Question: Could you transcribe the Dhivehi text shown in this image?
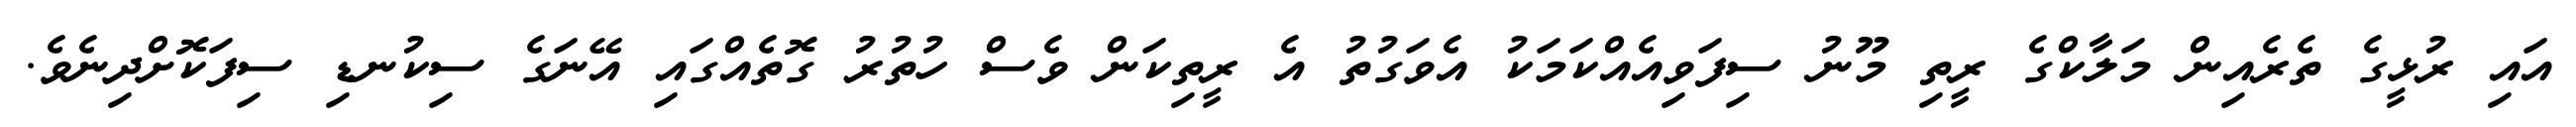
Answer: އައި ރުޅީގެ ތެރެއިން މަލާކްގެ ރީތި މޫނު ސިފަވިއެއްކަމަކު އެވަގުތު އެ ރީތިކަން ވެސް ހުތުރު ގޮތެއްގައި އޭނަގެ ސިކުނޑި ސިފަކޮށްދިނެވެ.